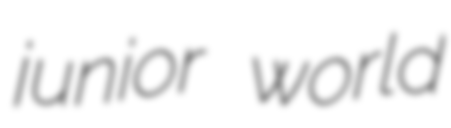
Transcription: junior world